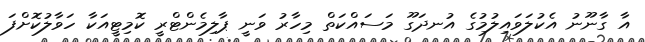
އާ ގާނޫނު އެކުލަވައިލުމުގެ އުނދަގޫ މަސައްކަތް މިހާރު ވަނީ ޕާލިމެންޓްރީ ކޮމިޓީއަކާ ހަވާލުކޮށްފަ